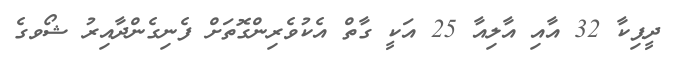
ދީޕިކާ 32 އާއި އާލިއާ 25 އަކީ ގާތް އެކުވެރިންގޮތަށް ފެނިގެންދާއިރު ޝޯވގެ